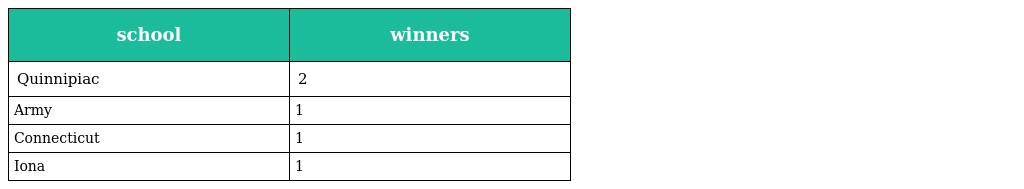
| school | winners |
 | --- | --- |
 | Quinnipiac | 2 |
 | Army | 1 |
 | Connecticut | 1 |
 | Iona | 1 |